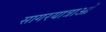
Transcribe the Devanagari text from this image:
सागरयात्राओं